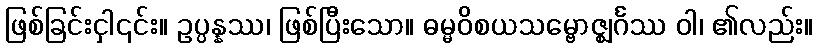
ဖြစ်ခြင်းငှါ၎င်း။ ဥပ္ပန္နဿ၊ ဖြစ်ပြီးသော။ ဓမ္မဝိစယသမ္ဗောဇ္ဈင်္ဂဿ ဝါ၊ ၏လည်း။